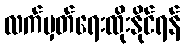
လက်မှတ်ရေးထိုးနိုင်ရန်